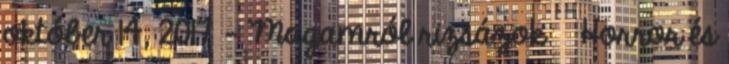
október 14, 2017 - Magamról rizsázok Horror és